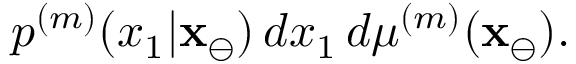
p ^ { ( m ) } ( x _ { 1 } | \mathbf { x } _ { \ominus } ) \, d x _ { 1 } \, d \mu ^ { ( m ) } ( \mathbf { x } _ { \ominus } ) .